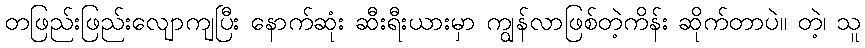
တဖြည်းဖြည်းလျောကျပြီး နောက်ဆုံး ဆီးရီးယားမှာ ကျွန်လာဖြစ်တဲ့ကိန်း ဆိုက်တာပဲ။ တဲ့၊ သူ